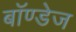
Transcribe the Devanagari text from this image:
बॉण्डेज